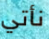
نأتي